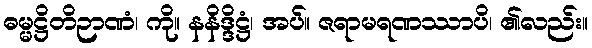
ဓမ္မဋ္ဌိတိဉာဏံ၊ ကို။ နနိဒ္ဒိဋ္ဌံ၊ အပ်။ ဇရာမရဏဿာပိ၊ ၏လည်း။